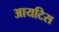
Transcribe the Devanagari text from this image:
आयटिस